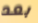
بعد